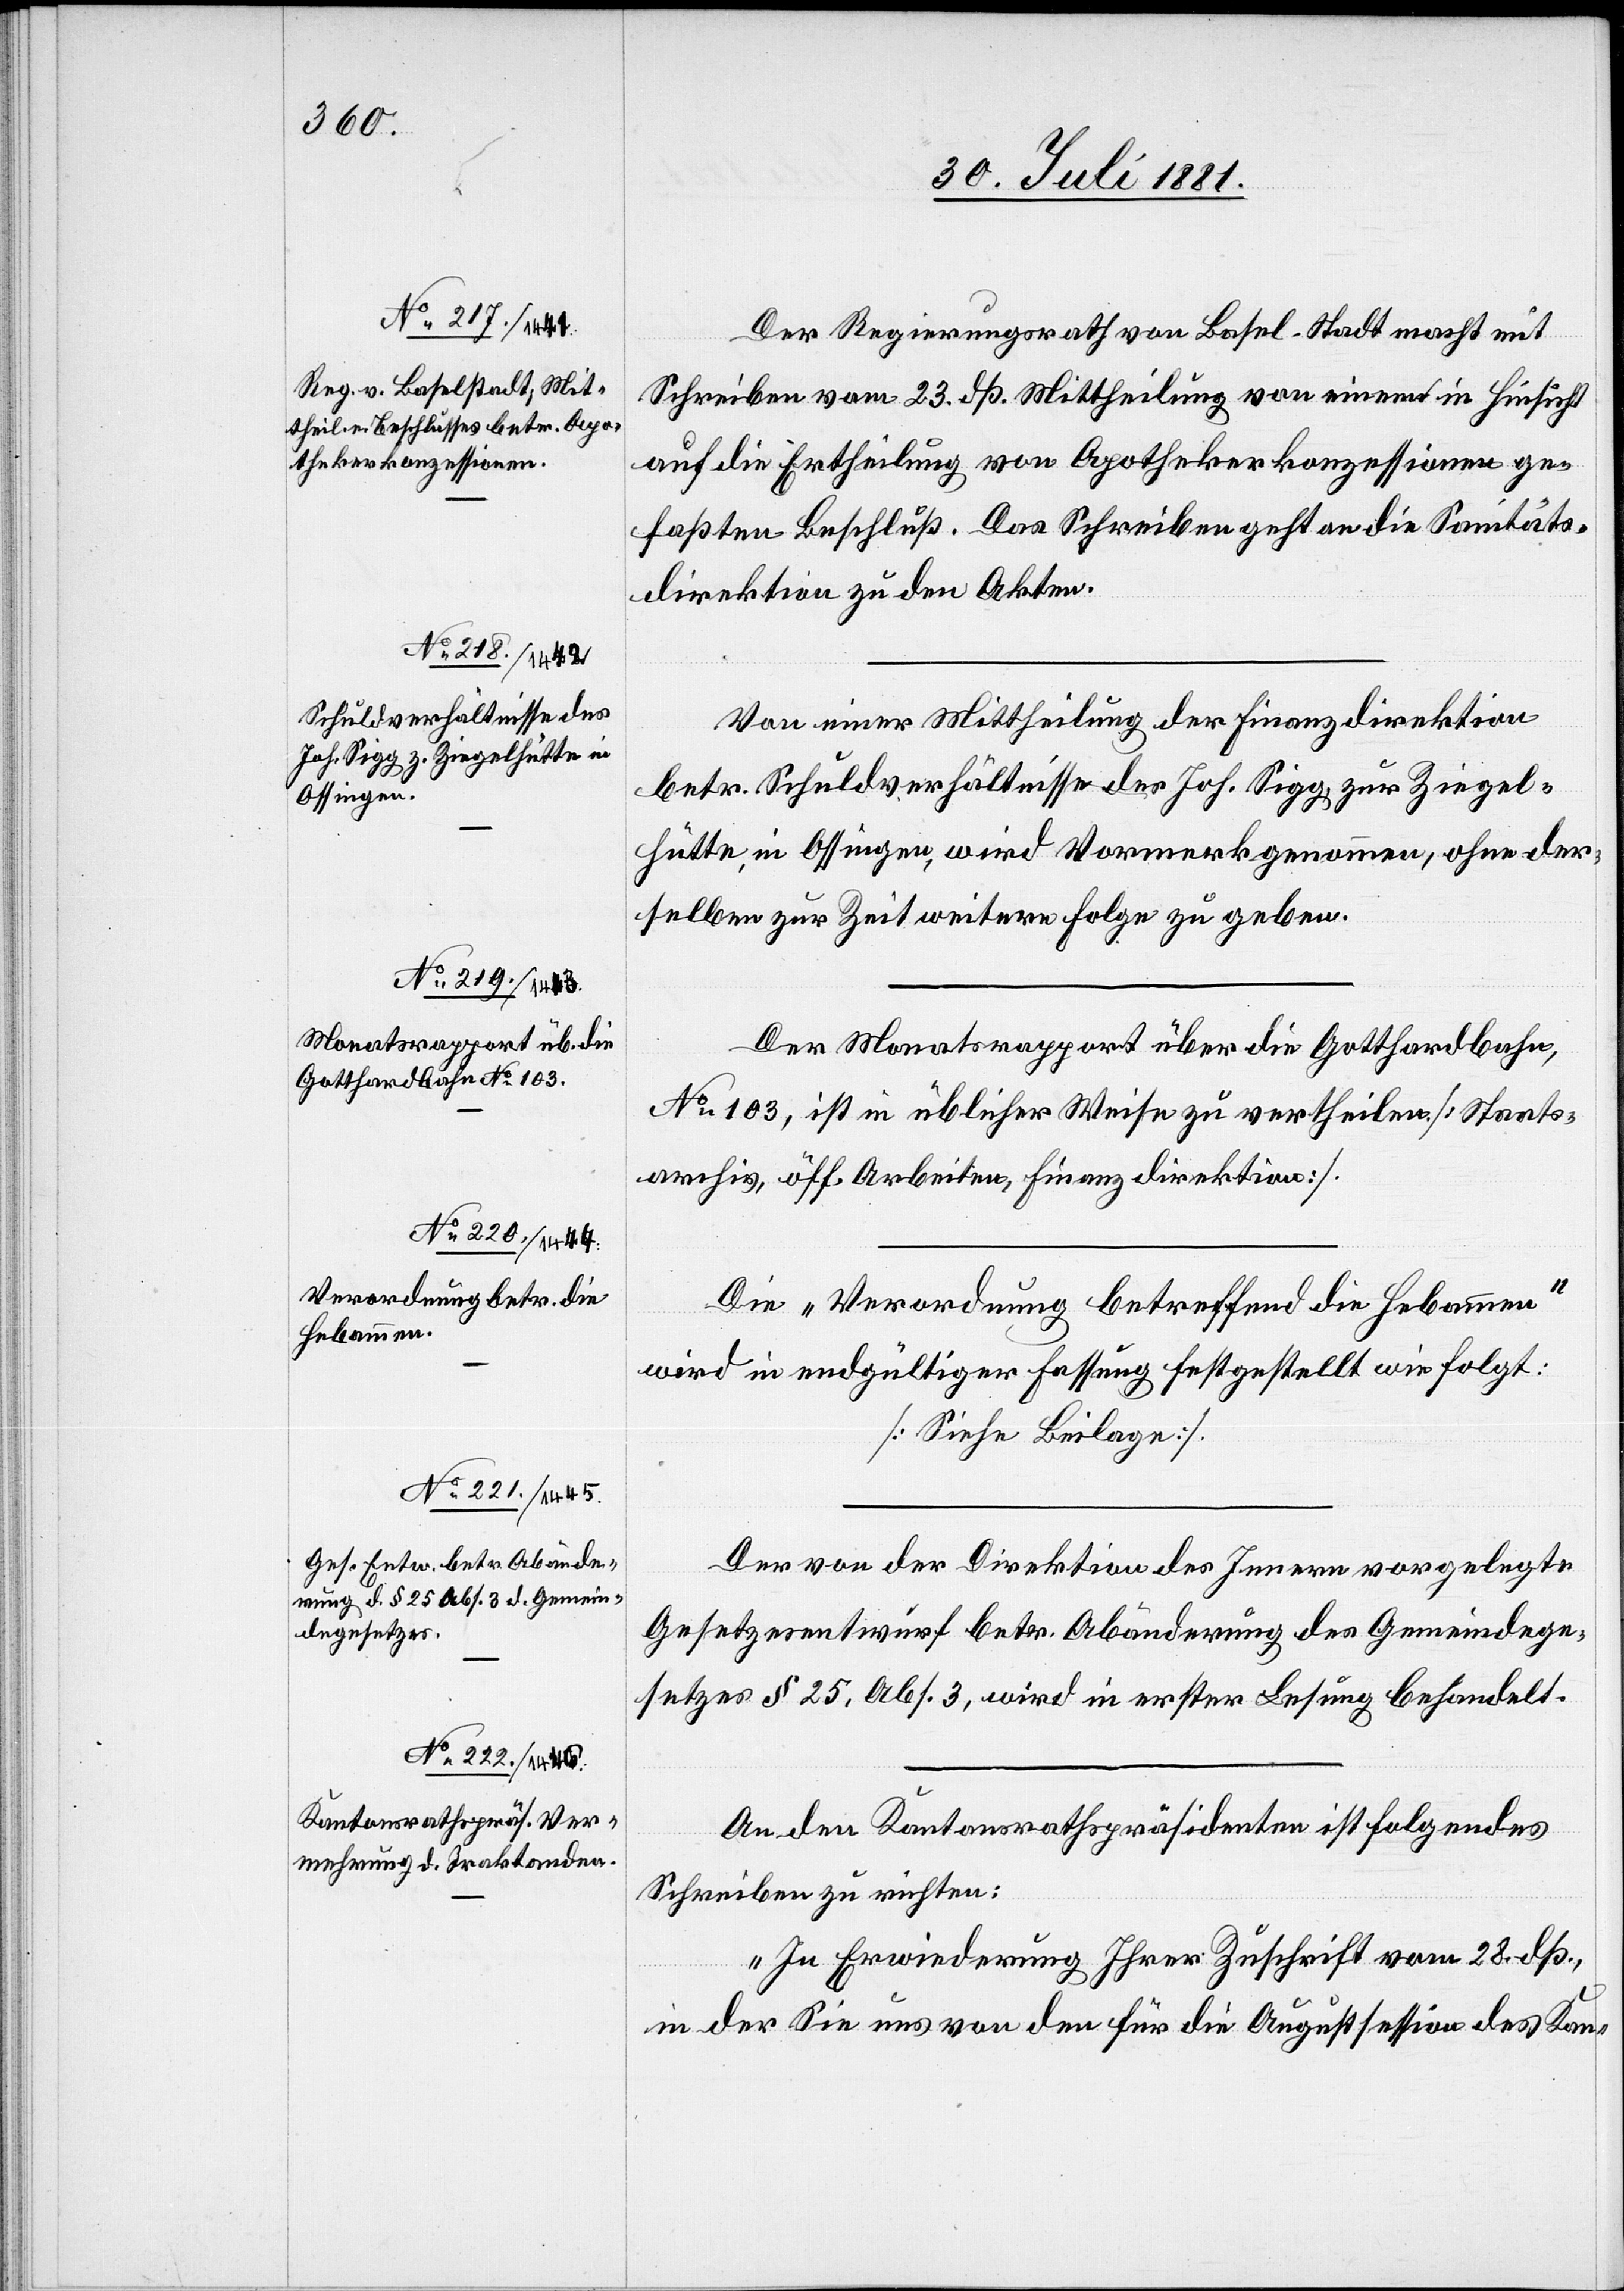
Der Regierungsrath von Basel-Stadt macht mit
Schreiben vom 23. dß. Mittheilung von einem in Hinsicht
auf Ertheilung von Apothekerkonzessionen ge¬
faßten Beschluß. Das Schreiben geht an die Sanitäts¬
direktion zu Akten.
Von einer Mittheilung der Finanzdirektion
betr. Schuldverhältnisse des Joh. Sigg, zur Ziegel¬
hütte, in Ossingen, wird Vormerk genommen, ohne der¬
selben zur Zeit weitere Folge zu geben.
Der Monatsrapport über die Gotthardbahn,
No 103, ist in üblicher Weise zu vertheilen. [Staats¬
archiv, öff. Arbeiten, Finanzdirektion].
Die „Verordnung betreffend die Hebammen“
wird in endgültiger Fassung festgestellt wie folgt:
[Siehe Beilage].
Der von der Direktion des Innern vorgelegte
Gesetzesentwurf betr. Abänderung des Gemeindege¬
setzes § 25, Abs. 3, wird in erster Lesung behandelt.
An den Kantonsrathspräsidenten ist folgendes
Schreiben zu richten:
„In Erwiederung Ihrer Zuschrift vom 28. dß.,
in der Sie uns von den für die Augustsession des Kan-